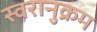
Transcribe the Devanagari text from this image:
स्वरानुक्रम